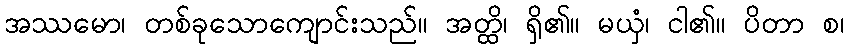
အဿမော၊ တစ်ခုသောကျောင်းသည်။ အတ္ထိ၊ ရှိ၏။ မယှံ၊ ငါ၏။ ပိတာ စ၊